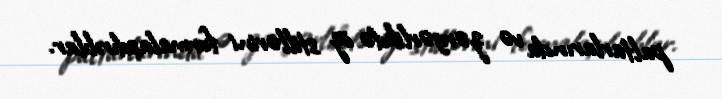
paltarlarında və zərgərlikdə öz stillərini formalaşdırıblar.